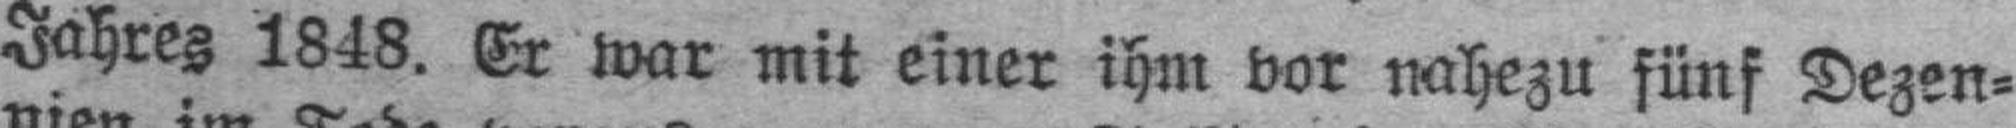
Jahres 1848. Er war mit einer ihm vor nahezu fünf Dezen¬